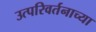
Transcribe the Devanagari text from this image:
उत्परिवर्तनाच्या